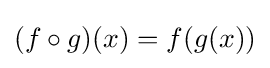
(f\circ g)(x)=f(g(x))